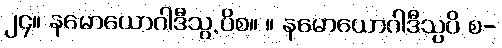
၂၄။ နမောယောဂါဒီသွ.ပိစ။ ။ နမောယောဂါဒီသွပိ စ-